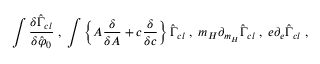
\int \frac { \delta \hat { \Gamma } _ { c l } } { \delta \hat { \varphi } _ { 0 } } \; , \; \int \left\{ A \frac { \delta } { \delta A } + c \frac { \delta } { \delta c } \right\} \hat { \Gamma } _ { c l } \; , \; m _ { H } \partial _ { m _ { H } } \hat { \Gamma } _ { c l } \; , \; e \partial _ { e } \hat { \Gamma } _ { c l } \; ,